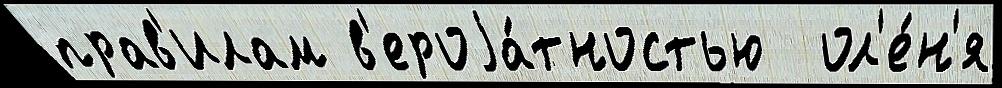
прав'илам в'ероjа́тностью  ол'е́н'я